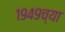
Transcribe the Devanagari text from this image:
१९४९च्या